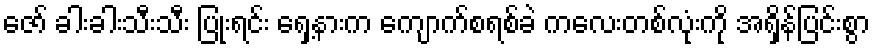
ဇော် ခါးခါးသီးသီး ပြုံးရင်း ရှေ့နားက ကျောက်စရစ်ခဲ ကလေးတစ်လုံးကို အရှိန်ပြင်းစွာ